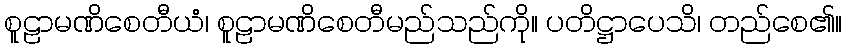
စူဠာမဏိစေတီယံ၊ စူဠာမဏိစေတီမည်သည်ကို။ ပတိဋ္ဌာပေသိ၊ တည်စေ၏။